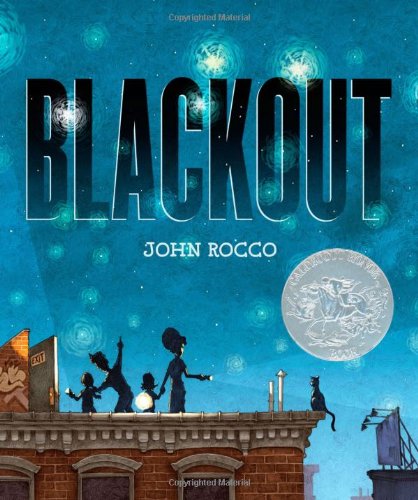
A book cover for Blackout; John Rocco; Mystery, Thriller & Suspense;